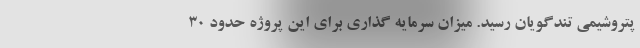
پتروشیمی تندگویان رسید. میزان سرمایه گذاری برای این پروژه حدود ۳۰